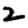
Digit: 2